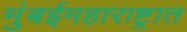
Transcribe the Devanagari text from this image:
मुंबईमहाराष्ट्रात